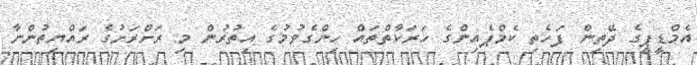
އެމްޑީޕީގެ ދޭތިން ފަހެތި ކެމްޕެއިންގެ ހަރަކާތްތައް ހިންގެވުމުގެ އިތުރުން މި ރަށްރަށުގެ ރައްޔިތުންނާ